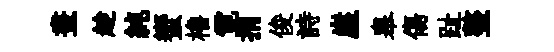
晝趁純蠁櫓霓捐俊詩崖皋傷趾整